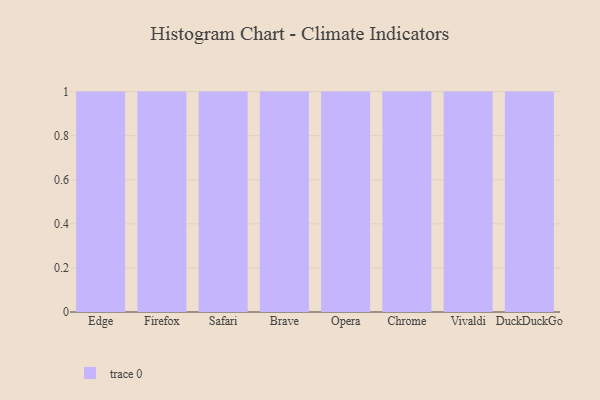
{"axis": {"x": "Browser", "y": "LTV (USD)"}, "legend": [""], "data": [{"x": "Edge", "y": 25, "type": ""}, {"x": "Firefox", "y": 84, "type": ""}, {"x": "Safari", "y": 6, "type": ""}, {"x": "Brave", "y": 44, "type": ""}, {"x": "Opera", "y": 80, "type": ""}, {"x": "Chrome", "y": 90, "type": ""}, {"x": "Vivaldi", "y": 86, "type": ""}, {"x": "DuckDuckGo", "y": 42, "type": ""}]}